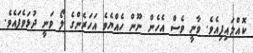
ކޮއްލައިފިއެވެ. ވާނީ ވެސް އެހެން ނޫން ހެއްޔެވެ އަހަރެންގެ ލޯ ވަނީ ދުޅަވެފައެވެ.